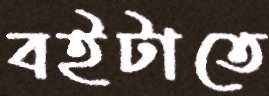
বইটাতে